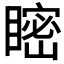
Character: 𥉴